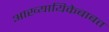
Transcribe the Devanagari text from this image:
आख्यायिकेबाबत